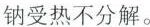
钠受热不分解。